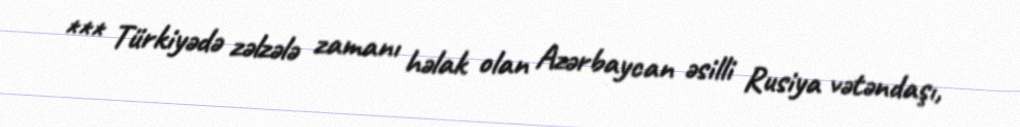
*** Türkiyədə zəlzələ zamanı həlak olan Azərbaycan əsilli Rusiya vətəndaşı,